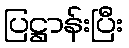
ပြဋ္ဌာန်းပြီး